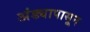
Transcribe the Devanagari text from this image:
अंड्यापासून